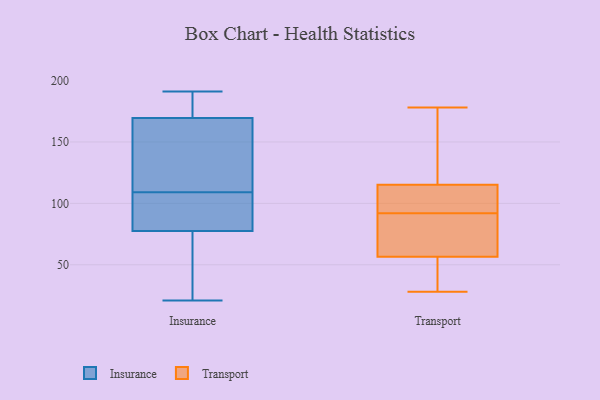
{"axis": {"x": "Production Output", "y": "Value"}, "legend": ["Insurance", "Transport"], "data": [{"x": "", "y": 177, "type": "Insurance"}, {"x": "", "y": 167, "type": "Insurance"}, {"x": "", "y": 71, "type": "Insurance"}, {"x": "", "y": 21, "type": "Insurance"}, {"x": "", "y": 126, "type": "Insurance"}, {"x": "", "y": 85, "type": "Insurance"}, {"x": "", "y": 172, "type": "Insurance"}, {"x": "", "y": 84, "type": "Insurance"}, {"x": "", "y": 159, "type": "Insurance"}, {"x": "", "y": 191, "type": "Insurance"}, {"x": "", "y": 92, "type": "Insurance"}, {"x": "", "y": 40, "type": "Insurance"}, {"x": "", "y": 92, "type": "Transport"}, {"x": "", "y": 99, "type": "Transport"}, {"x": "", "y": 75, "type": "Transport"}, {"x": "", "y": 64, "type": "Transport"}, {"x": "", "y": 178, "type": "Transport"}, {"x": "", "y": 46, "type": "Transport"}, {"x": "", "y": 60, "type": "Transport"}, {"x": "", "y": 111, "type": "Transport"}, {"x": "", "y": 96, "type": "Transport"}, {"x": "", "y": 128, "type": "Transport"}, {"x": "", "y": 139, "type": "Transport"}, {"x": "", "y": 28, "type": "Transport"}, {"x": "", "y": 42, "type": "Transport"}]}